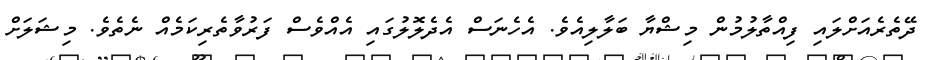
ދޭތެރެއަށްލައި ފިއްތާލުމުން މިޝްޔާ ބަލާލިއެވެ. އެހެނަސް އެދެލޮލުގައި އެއްވެސް ފަރުވާތެރިކަމެއް ނެތެވެ. މިޝަލަށް